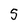
Character: 5